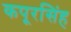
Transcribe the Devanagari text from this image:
कपूरसिंह